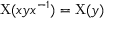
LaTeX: \mathrm { X } ( x y x ^ { - 1 } ) = \mathrm { X } ( y )